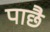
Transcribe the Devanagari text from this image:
पाछै